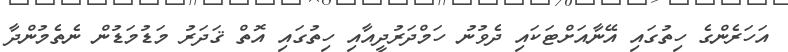
އަހަރެންގެ ހިތުގައި އޭނާއަށްޓަކައި ދެވުނު ހަމްދަރުދީއާއި ހިތުގައި އޮތް ޤަދަރު މަޑުމަޑުން ނެތެމުންދާ